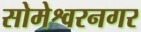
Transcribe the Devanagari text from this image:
सोमेश्वरनगर